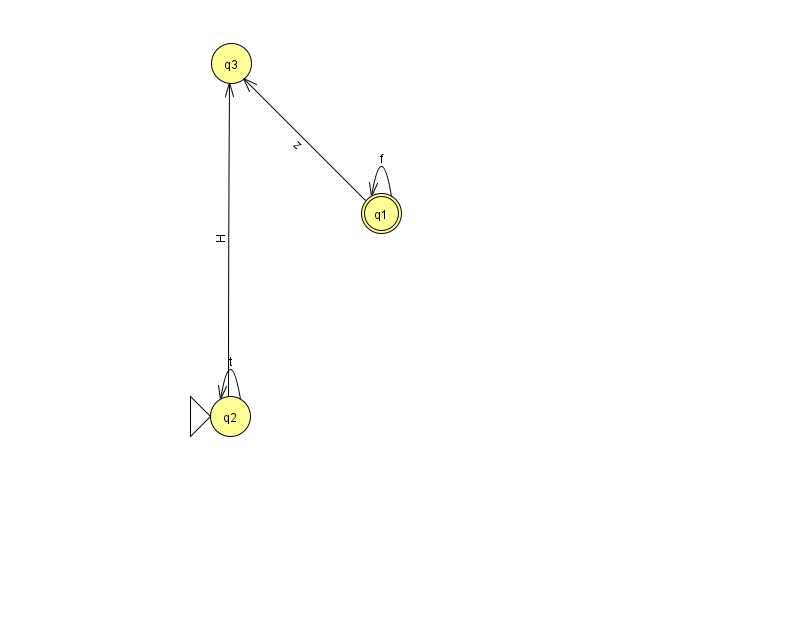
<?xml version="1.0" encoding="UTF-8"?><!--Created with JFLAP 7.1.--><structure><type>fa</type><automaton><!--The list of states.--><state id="1" name="q1"><x>381.0</x><y>200.0</y><final/></state><state id="2" name="q2"><x>230.0</x><y>403.0</y><initial/></state><state id="3" name="q3"><x>231.0</x><y>50.0</y></state><!--The list of transitions.--><transition><from>2</from><to>2</to><read>t</read></transition><transition><from>1</from><to>1</to><read>f</read></transition><transition><from>2</from><to>3</to><read>H</read></transition><transition><from>1</from><to>3</to><read>z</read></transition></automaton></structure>